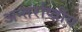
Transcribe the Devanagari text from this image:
अन्तर्राष्त्रीय